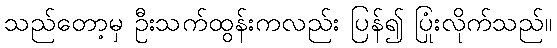
သည်တော့မှ ဦးသက်ထွန်းကလည်း ပြန်၍ ပြုံးလိုက်သည်။